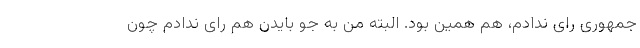
جمهوری رای ندادم، هم همین بود. البته من به جو بایدن هم رای ندادم چون